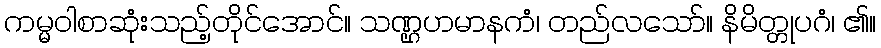
ကမ္မဝါစာဆုံးသည့်တိုင်အောင်။ သဏ္ဌဟမာနကံ၊ တည်လသော်။ နိမိတ္တုပဂံ၊ ၏။